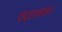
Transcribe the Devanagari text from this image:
चंद्रमान।